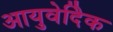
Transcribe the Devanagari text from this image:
आयुवेदिेक